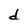
Character: d